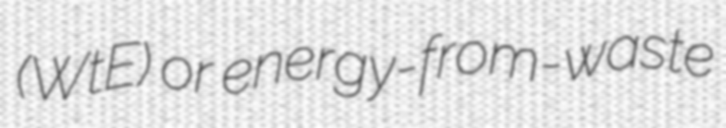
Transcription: (WtE) or energy-from-waste